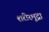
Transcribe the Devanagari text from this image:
शरीरमुद्रा